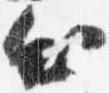
出